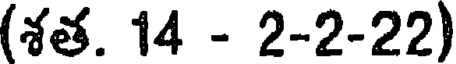
(శత. 14 - 2-2-22)